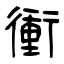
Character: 衝